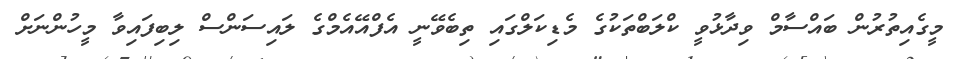
މީގެއިތުރުން ބައްސާމް ވިދާޅުވީ ކްލަބްތަކުގެ މެޑިކަލްގައި ތިބެވޭނީ އެފްއޭއެމްގެ ލައިސަންސް ލިބިފައިވާ މީހުންނަށް